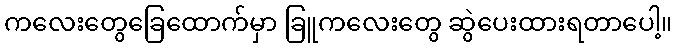
ကလေးတွေခြေထောက်မှာ ခြူကလေးတွေ ဆွဲပေးထားရတာပေါ့။